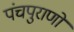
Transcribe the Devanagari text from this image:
पंचपुराणों